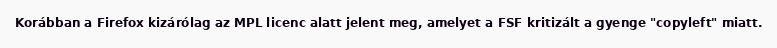
Korábban a Firefox kizárólag az MPL licenc alatt jelent meg, amelyet a FSF kritizált a gyenge "copyleft" miatt.